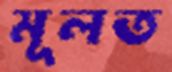
মূলত